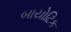
બાયોટિક